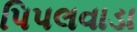
પિપલવાડા